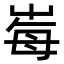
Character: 𡴕